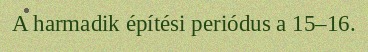
A harmadik építési periódus a 15–16.